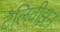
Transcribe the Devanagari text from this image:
टैलिवीझ़न